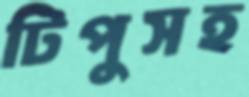
টিপুসহ